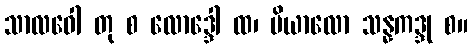
သာလဝေါ တု စ လောဒ္ဒေါ ထ၊ ပိယာလော သန္နကဒ္ဒု စ။